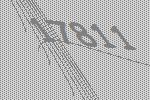
17811